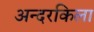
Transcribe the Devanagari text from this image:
अन्दरकिला